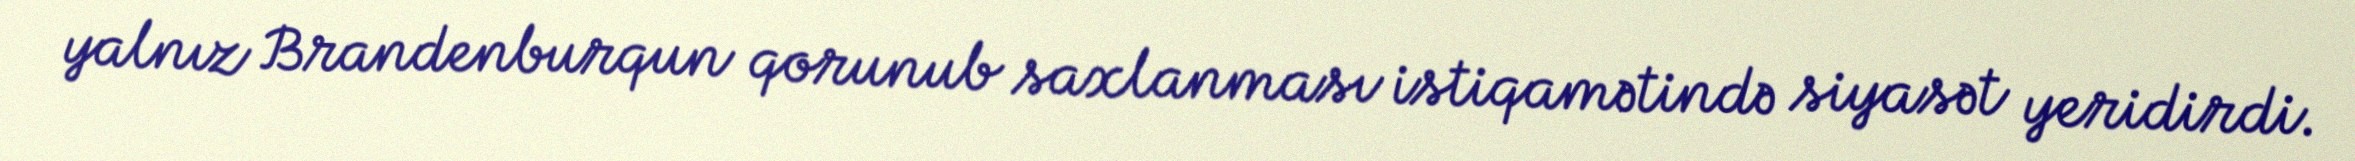
yalnız Brandenburqun qorunub saxlanması istiqamətində siyasət yeridirdi.